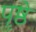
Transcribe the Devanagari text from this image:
पॄष्ठे